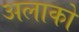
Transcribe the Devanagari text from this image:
अलाको